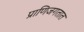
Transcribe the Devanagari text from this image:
प्राणिजगतात